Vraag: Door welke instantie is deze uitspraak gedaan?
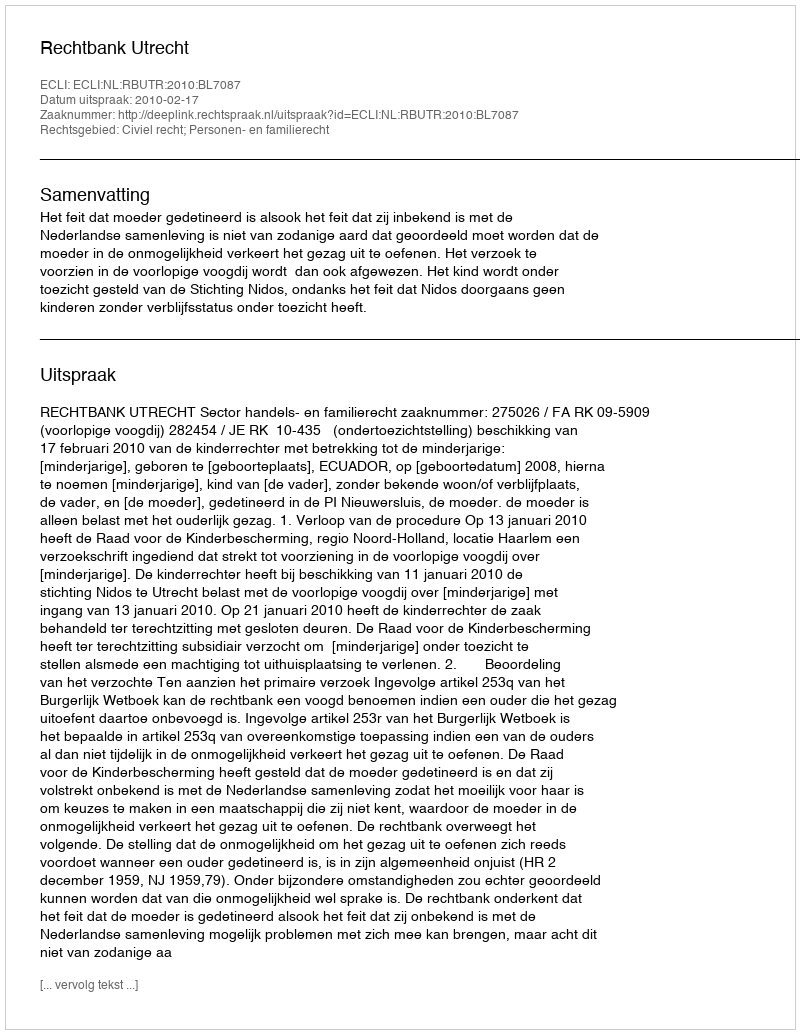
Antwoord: Rechtbank Utrecht